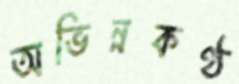
অভিন্নকণ্ঠ